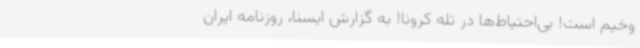
وخیم است! بی‌احتیاط‌ها در تله کرونا! به گزارش ایسنا، روزنامه ایران